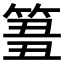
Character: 𥮢